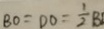
B O = D O = \frac { 1 } { 2 } B